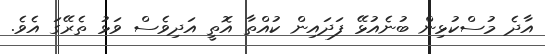
އާދެ މުސްކުޅިން ބުނެއުޅޭ ފަދައިން ކުއްތާ އޮތީ އަދިވެސް ވަޅު ތެރޭގަ އެވެ.